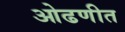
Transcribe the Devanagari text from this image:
ओढणीत